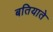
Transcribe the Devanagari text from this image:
बतियाते